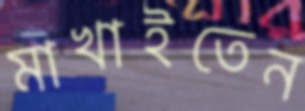
মাখাইতেন